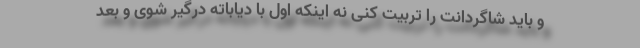
و باید شاگردانت را تربیت کنی نه اینکه اول با دیاباته درگیر شوی و بعد